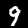
Digit: 9